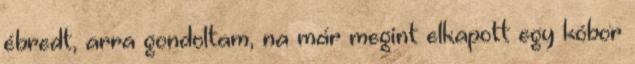
ébredt, arra gondoltam, na már megint elkapott egy kóbor